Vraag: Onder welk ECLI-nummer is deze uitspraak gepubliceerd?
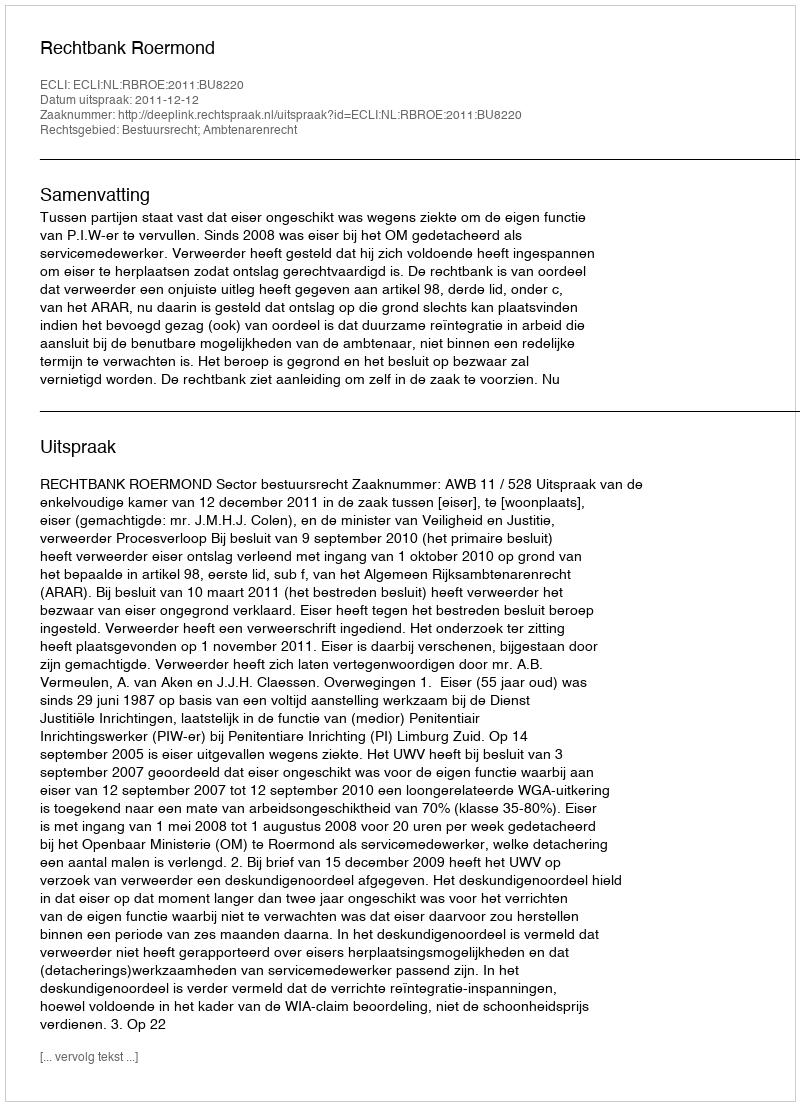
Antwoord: ECLI:NL:RBROE:2011:BU8220